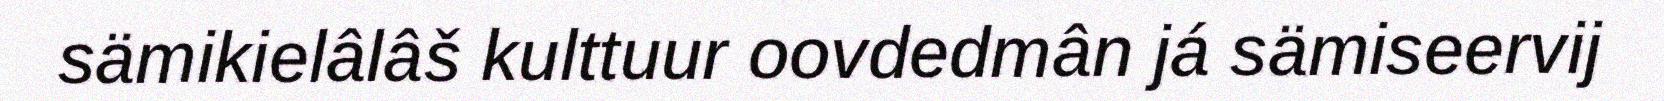
sämikielâlâš kulttuur oovdedmân já sämiseervij